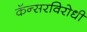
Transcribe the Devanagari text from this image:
कॅन्सरविरोधी